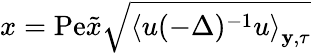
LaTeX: x=\mathrm{Pe}\tilde{x}\sqrt{\left\langle u(-\Delta)^{-1}u\right\rangle_{\mathbf{y},\tau}}